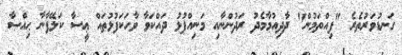
ގަނޑުވަރުތެރެ "ފިއްތަމުން" ދާދިއުމާމެދު ރަދުންނާއި މަނިއްޕުޅު ދައްކަވާ ވާހަކަފުޅުތައް ޢީސާ ކަލޭފާނާ ޙިއްޞާ